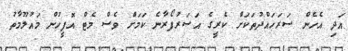
އަދި އެހެން ސަރަހައްދުތަކަށް ކެރީގެ އަސަރުފޯރާނެ ކަމަށް ވެސް މެޓް އޮފީހުން މައުލޫމާތު